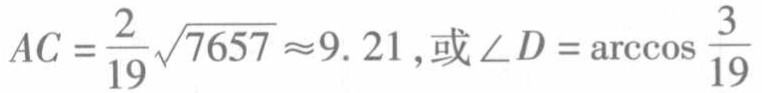
\(AC = \frac{2}{19}\sqrt{7657} \approx 9.21 ,或\angle D = \arccos \frac{3}{19}\)